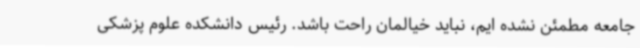
جامعه مطمئن نشده ایم، نباید خیالمان راحت باشد. رئیس دانشکده علوم پزشکی